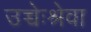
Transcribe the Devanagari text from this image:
उच्चेःश्रेवा